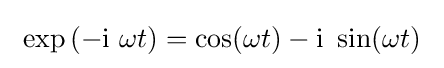
\ \exp \left({-\mathrm {i} \ \omega t}\right)=\cos(\omega t)-\mathrm {i} \ \sin(\omega t)\